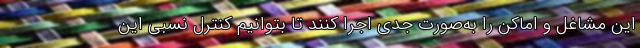
این مشاغل و اماکن را به‌صورت جدی اجرا کنند تا بتوانیم کنترل نسبی این